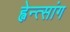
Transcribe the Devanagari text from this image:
ह्वेन्त्सांग